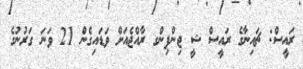
ރައީސް: ޗައިނާގެ ރައީސް ޝީ ޖިންޕިންގ ރާއްޖެއަށް ވަޑައިގެން 21 ވަނަ ގަރުނުގެ